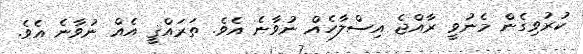
ކުރުވިގެން މެނުވީ ރާއްޖެ އިސްލާހެއް ނުވާނެ އެވެ. ތަރައްޤީ އެއް ނުވާނެ އެވެ.